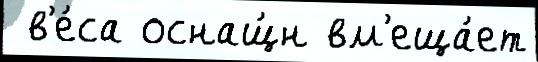
 в'е́са оснащ́н вм'еща́ет